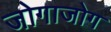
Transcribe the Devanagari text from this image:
जोगाजोग